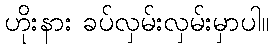
ဟိုးနား ခပ်လှမ်းလှမ်းမှာပါ။